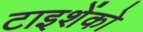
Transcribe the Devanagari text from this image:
टाइशेंको